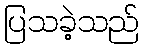
ပြသခဲ့သည်